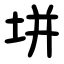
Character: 垪